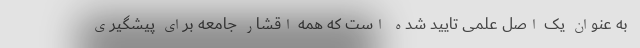
به عنوان یک اصل علمی تایید شده است که همه اقشار جامعه برای پیشگیری